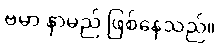
ဗမာ နာမည် ဖြစ်နေသည်။